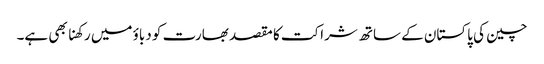
چین کی پاکستان کے ساتھ شراکت کا مقصد بھارت کو دباؤ میں رکھنا بھی ہے۔